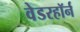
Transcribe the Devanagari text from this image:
वेडरहॉर्न